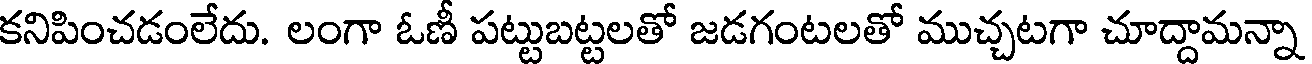
కనిపించడంలేదు. లంగా ఓణీ పట్టుబట్టలతో జడగంటలతో ముచ్చటగా చూద్దామన్నా